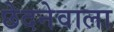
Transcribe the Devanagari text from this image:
छेदनेवाला